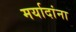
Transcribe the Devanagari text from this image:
मर्यादांना